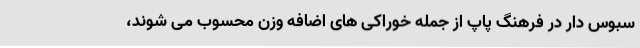
سبوس دار در فرهنگ پاپ از جمله خوراکی های اضافه وزن محسوب می شوند،